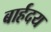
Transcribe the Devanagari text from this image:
बार्हदय